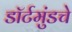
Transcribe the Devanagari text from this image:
डॉर्टमुंडचे